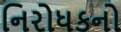
નિરોધકનો